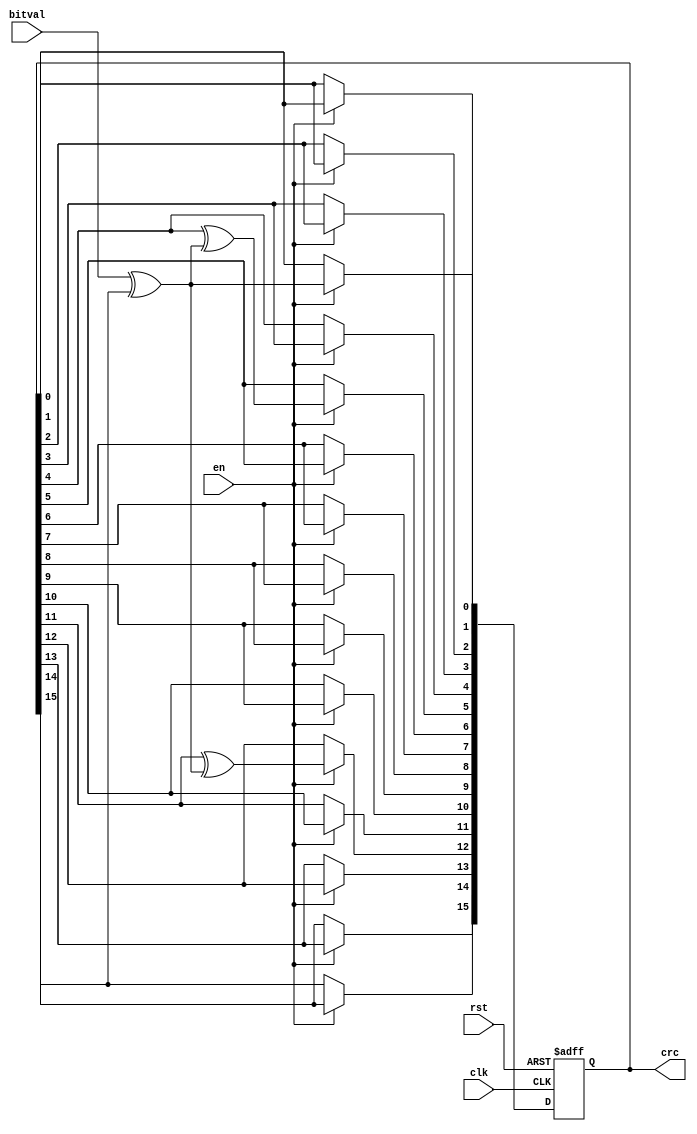
module sd_crc_16(
 input              clk,        // Current bit valid (Clock)
 input              rst,        // Init crc value
 input              en,
 input              bitval,     // Next input bit
 output reg [15:0]  crc         // Current output crc value
);
//Local Parameters

//Registers/Wires
wire         inv;

//Submodules
//Asynchronous Logic
//Synchronsou Logic

assign inv = bitval ^ crc[15];  // XOR required?

always @(posedge clk or posedge rst) begin
  if (rst) begin
    crc = 0;
  end
  else begin
    if (en==1) begin
      crc[15] = crc[14];
      crc[14] = crc[13];
      crc[13] = crc[12];
      crc[12] = crc[11] ^ inv;
      crc[11] = crc[10];
      crc[10] = crc[9];
      crc[9]  = crc[8];
      crc[8]  = crc[7];
      crc[7]  = crc[6];
      crc[6]  = crc[5];
      crc[5]  = crc[4] ^ inv;
      crc[4]  = crc[3];
      crc[3]  = crc[2];
      crc[2]  = crc[1];
      crc[1]  = crc[0];
      crc[0]  = inv;
    end
  end
end
endmodule